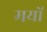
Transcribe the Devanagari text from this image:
मयों